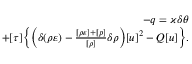
\begin{array} { r } { - q = \varkappa \delta \theta } \\ { + [ \tau ] \Big \{ \Big ( \delta ( \rho \varepsilon ) - \frac { [ \rho \varepsilon ] + [ p ] } { [ \rho ] } \delta \rho \Big ) [ u ] ^ { 2 } - Q [ u ] \Big \} . } \end{array}